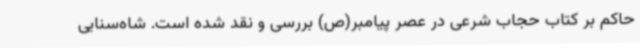
حاکم بر کتاب حجاب شرعی در عصر پیامبر(ص) بررسی و نقد شده است. شاه‌سنایی